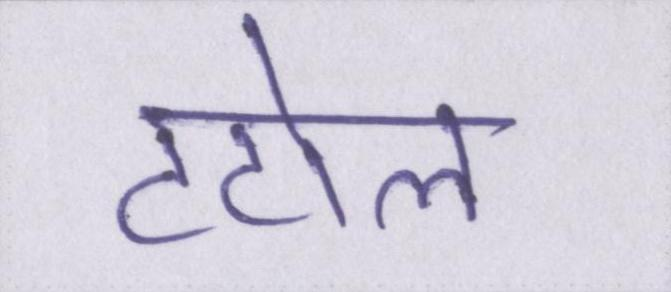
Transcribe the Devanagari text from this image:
टटोल